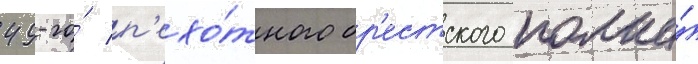
49-го́ п'ехо́тного бр'естского полка́